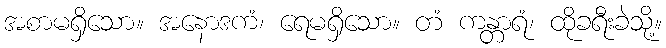
အစာမရှိသော။ အနောဒကံ၊ ရေမရှိသော။ တံ ကန္တာရံ၊ ထိုခရီးခဲသို့။